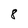
Character: 8